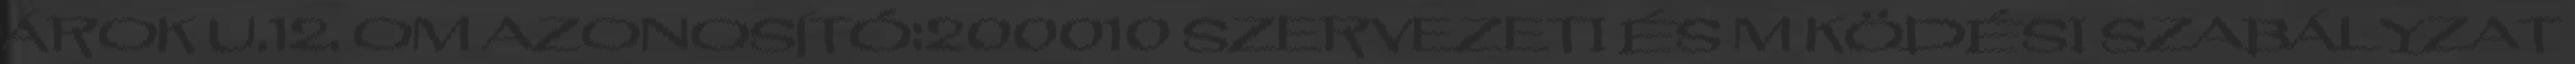
ÁROK U.12. OM AZONOSÍTÓ:200010 SZERVEZETI ÉS M KÖDÉSI SZABÁLYZAT